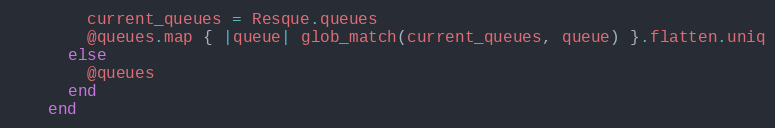
Language: Ruby
        current_queues = Resque.queues
        @queues.map { |queue| glob_match(current_queues, queue) }.flatten.uniq
      else
        @queues
      end
    end